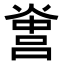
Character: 𤌻